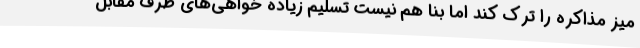
میز مذاکره را ترک کند اما بنا هم نیست تسلیم زیاده خواهی‌های طرف مقابل